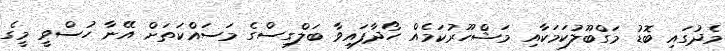
މެދުގައި ބޮޑު މަގްބޫލުކަމަކާއި މަޝްހޫރުކަމެއް ހޯދާފައިވާ ބަލްގިސްގެ މަސައްކަތަށް އޭނާ ހުސްވީ މީގެ